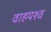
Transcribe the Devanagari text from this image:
वाहयश्व